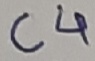
Text: C4